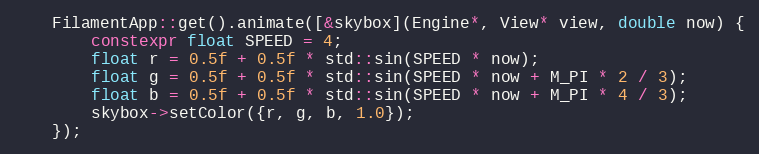
Language: C++
    FilamentApp::get().animate([&skybox](Engine*, View* view, double now) {
        constexpr float SPEED = 4;
        float r = 0.5f + 0.5f * std::sin(SPEED * now);
        float g = 0.5f + 0.5f * std::sin(SPEED * now + M_PI * 2 / 3);
        float b = 0.5f + 0.5f * std::sin(SPEED * now + M_PI * 4 / 3);
        skybox->setColor({r, g, b, 1.0});
    });